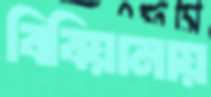
বিবিয়ানায়